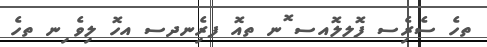
ތހެ ސެރިެސ ފޮލލޮއސ ޮނ ތއޮ ފރިެނދސ އހޮ ލިވެ ިނ ތހެ